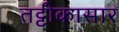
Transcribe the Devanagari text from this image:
तट्टीकासार